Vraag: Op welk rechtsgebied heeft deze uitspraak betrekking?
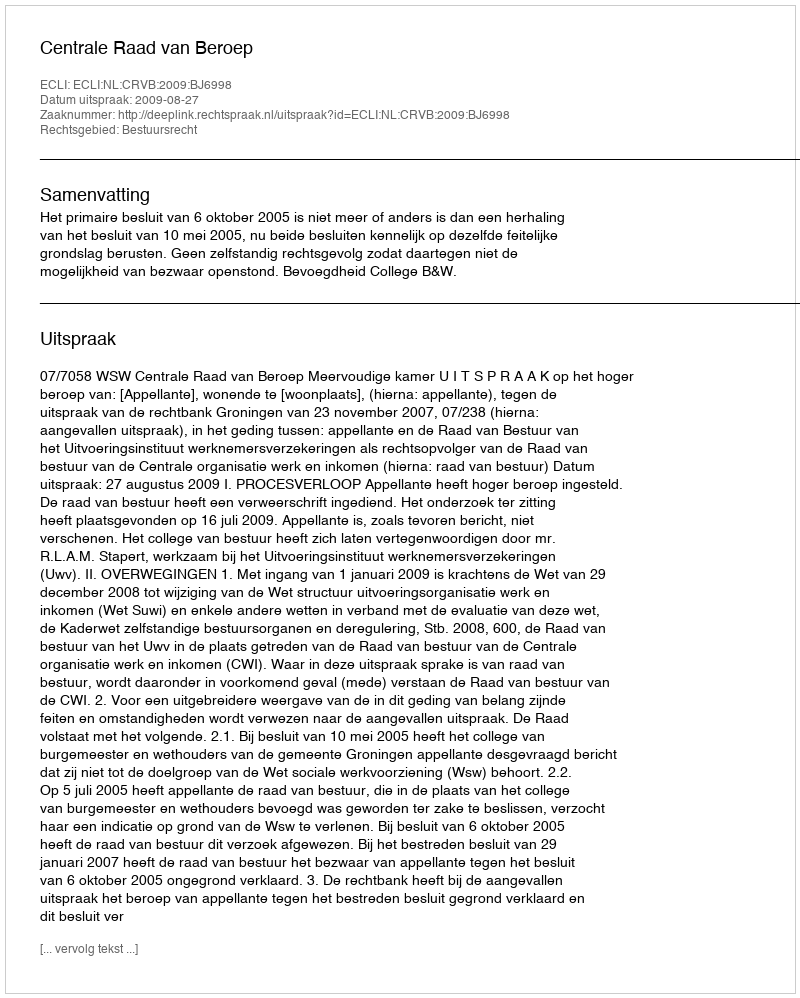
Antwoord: Bestuursrecht